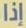
إذا